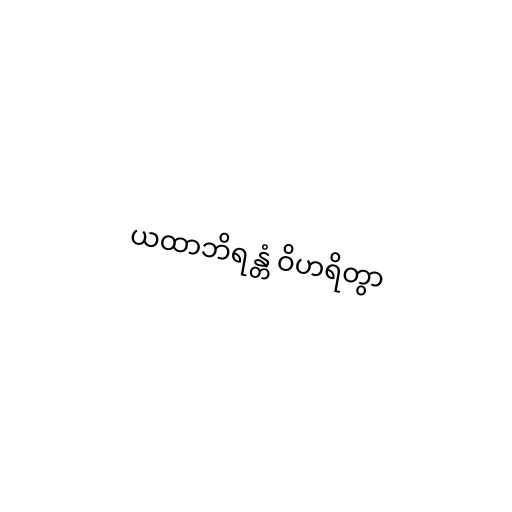
ယထာဘိရန္တံ ဝိဟရိတွာ